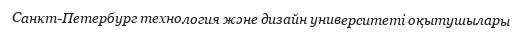
Санкт-Петербург технология және дизайн университеті оқытушылары